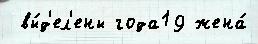
 вы́д'ел'ены года19 жена́